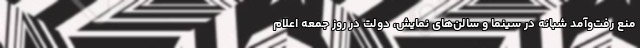
منع رفت‌و‌آمد شبانه در سینما و سالن‌‌های نمایش، دولت در روز جمعه اعلام